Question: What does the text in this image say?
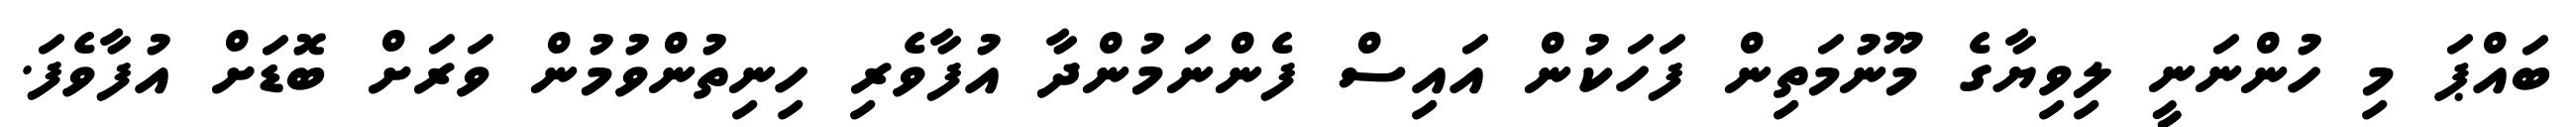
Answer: ބައްޕަ މި ހުންނަނީ ލިވިޔާގެ މޫނުމަތިން ފަހަކުން އައިސް ފެންނަމުންދާ އުފާވެރި ހިނިތުންވުމުން ވަރަށް ބޮޑަށް އުފާވެފަ.